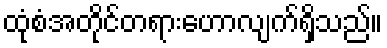
ထုံစံအတိုင်တရားဟောလျက်ရှိသည်။